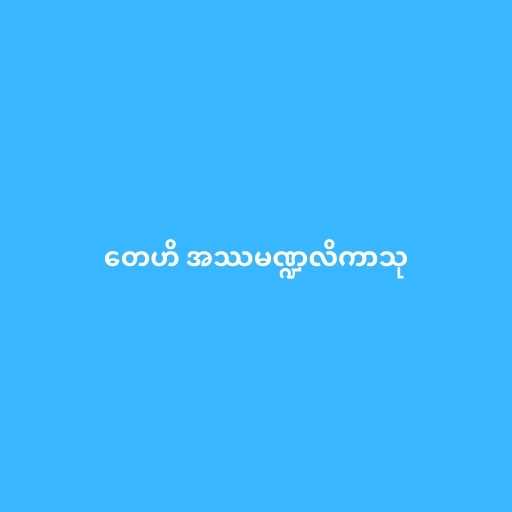
တေဟိ အဿမဏ္ဍလိကာသု